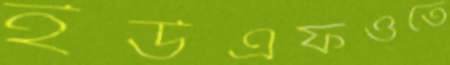
ইউএফওতে